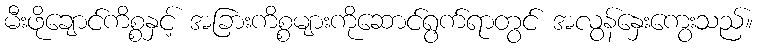
မီးဖိုချောင်ကိစ္စနှင့် အခြားကိစ္စများကိုဆောင်ရွက်ရာတွင် အလွန်နှေးကွေးသည်။